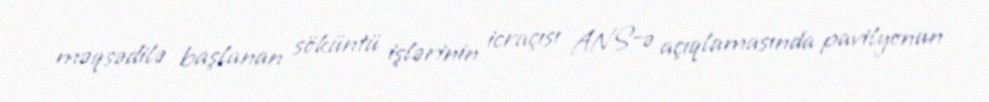
məqsədilə başlanan söküntü işlərinin icraçısı ANS-ə açıqlamasında pavilyonun